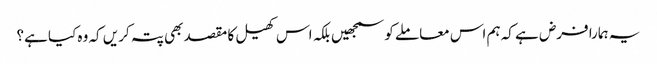
یہ ہمارا فرض ہے کہ ہم اس معاملے کو سمجھیں بلکہ اس کھیل کا مقصد بھی پتہ کریں کہ وہ کیا ہے؟